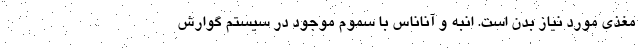
مغذی مورد نیاز بدن است. انبه و آناناس با سموم موجود در سیستم گوارش